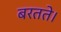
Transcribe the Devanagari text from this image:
बरतते।